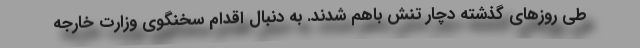
طی روزهای گذشته دچار تنش باهم شدند. به دنبال اقدام سخنگوی وزارت خارجه